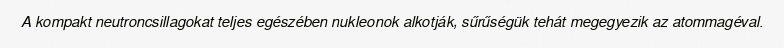
A kompakt neutroncsillagokat teljes egészében nukleonok alkotják, sűrűségük tehát megegyezik az atommagéval.